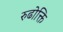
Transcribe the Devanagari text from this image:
रुढोक्ति